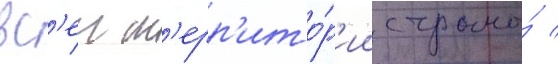
вс'еи т'ерр'ито́р'ии страны́ /